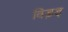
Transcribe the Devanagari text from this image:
विड़ड्